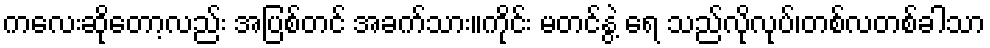
ကလေးဆိုတော့လည်း အပြစ်တင် အခက်သား။ကိုင်း မတင်နွဲ့ ရေ သည်လိုလုပ်၊တစ်လတစ်ခါသာ